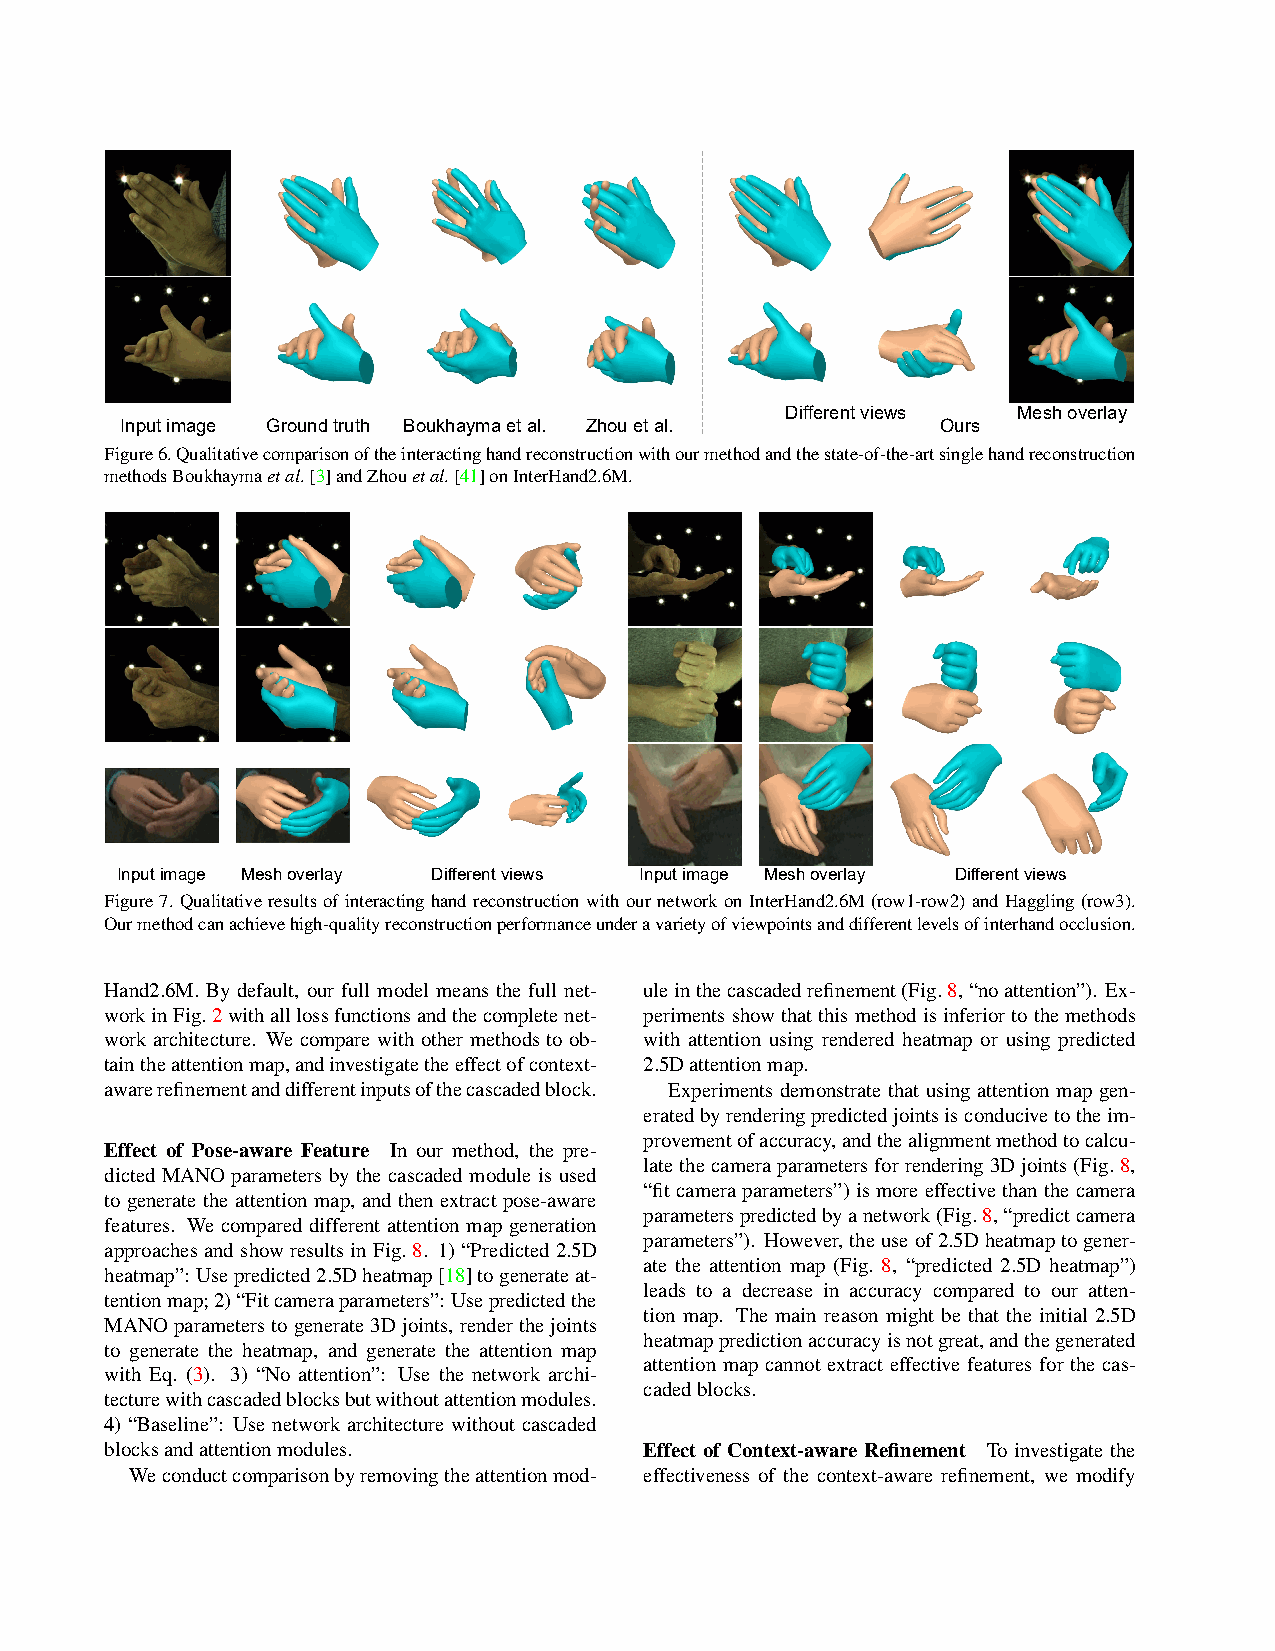
Different views Mesh overlay
 Input image Ground truth Boukhayma et al. Zhou et al. Ours
 Figure6.Qualitativecomparisonoftheinteractinghandreconstructionwithourmethodandthestate-of-the-artsinglehandreconstruction
 methodsBoukhaymaetal.[3]andZhouetal.[41]onInterHand2.6M.
 Input image Mesh overlay Different views Input image Mesh overlay Different views
 Figure7.QualitativeresultsofinteractinghandreconstructionwithournetworkonInterHand2.6M(row1-row2)andHaggling(row3).
 Ourmethodcanachievehigh-qualityreconstructionperformanceunderavarietyofviewpointsanddifferentlevelsofinterhandocclusion.
 Hand2.6M. By default, our full model means the full net- uleinthecascadedrefinement(Fig.8,“noattention”). Ex-
 workinFig.2withalllossfunctionsandthecompletenet- perimentsshowthatthismethodisinferiortothemethods
 work architecture. We compare with other methods to ob- with attention using rendered heatmap or using predicted
 taintheattentionmap,andinvestigatetheeffectofcontext- 2.5Dattentionmap.
 awarerefinementanddifferentinputsofthecascadedblock. Experiments demonstrate that using attention map gen-
 eratedbyrenderingpredictedjointsisconducivetotheim-
 provementofaccuracy,andthealignmentmethodtocalcu-
 Effect of Pose-aware Feature In our method, the pre-
 latethecameraparametersforrendering3Djoints(Fig.8,
 dicted MANO parameters by the cascaded module is used
 “fitcameraparameters”)ismoreeffectivethanthecamera
 to generate the attention map, and then extract pose-aware
 parameterspredictedbyanetwork(Fig.8,“predictcamera
 features. We compared different attention map generation
 parameters”). However,theuseof2.5Dheatmaptogener-
 approaches and show results in Fig. 8. 1) “Predicted 2.5D
 ate the attention map (Fig. 8, “predicted 2.5D heatmap”)
 heatmap”: Usepredicted2.5Dheatmap[18]togenerateat-
 leads to a decrease in accuracy compared to our atten-
 tentionmap;2)“Fitcameraparameters”: Usepredictedthe
 tion map. The main reason might be that the initial 2.5D
 MANOparameterstogenerate3Djoints, renderthejoints
 heatmappredictionaccuracyisnotgreat,andthegenerated
 to generate the heatmap, and generate the attention map
 attention map cannot extract effective features for the cas-
 with Eq. (3). 3) “No attention”: Use the network archi-
 cadedblocks.
 tecturewithcascadedblocksbutwithoutattentionmodules.
 4) “Baseline”: Use network architecture without cascaded
 blocksandattentionmodules.          Effect of Context-aware Refinement To investigate the
 Weconductcomparisonbyremovingtheattentionmod- effectiveness of the context-aware refinement, we modify